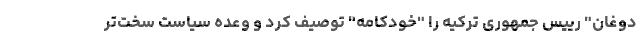
دوغان" رییس جمهوری ترکیه را "خودکامه" توصیف کرد و وعده سیاست سخت‌تر